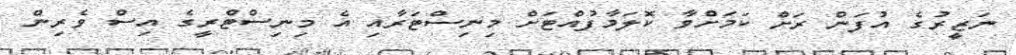
ނަޒީރުގެ އުފަން ރަށް ކަމަށްވާ ކޮލަމާފުއްޓަށް މިނިސްޓަރާއި އެ މިނިސްޓްރީގެ އިސް ވެރިން